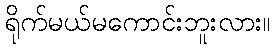
ရိုက်မယ်မကောင်းဘူးလား။